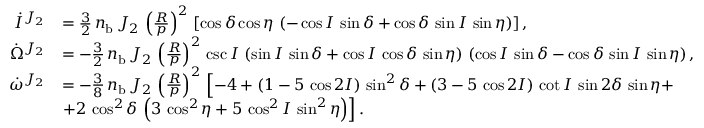
\begin{array} { r l } { \dot { I } ^ { J _ { 2 } } } & { = \frac { 3 } { 2 } \, n _ { \mathrm { b } } \, J _ { 2 } \, \left( \frac { R } { p } \right) ^ { 2 } \, \left[ \cos \delta \cos \eta \, \left( - \cos I \, \sin \delta + \cos \delta \, \sin I \, \sin \eta \right) \right] , } \\ { \dot { \Omega } ^ { J _ { 2 } } } & { = - \frac { 3 } { 2 } \, n _ { \mathrm { b } } \, J _ { 2 } \, \left( \frac { R } { p } \right) ^ { 2 } \, \csc I \, \left( \sin I \, \sin \delta + \cos I \, \cos \delta \, \sin \eta \right) \, \left( \cos I \, \sin \delta - \cos \delta \, \sin I \, \sin \eta \right) , } \\ { \dot { \omega } ^ { J _ { 2 } } } & { = - \frac { 3 } { 8 } \, n _ { \mathrm { b } } \, J _ { 2 } \, \left( \frac { R } { p } \right) ^ { 2 } \, \left[ - 4 + \left( 1 - 5 \, \cos 2 I \right) \, \sin ^ { 2 } \delta + \left( 3 - 5 \, \cos 2 I \right) \, \cot I \, \sin 2 \delta \, \sin \eta + \right. } \\ & { \left. + 2 \, \cos ^ { 2 } \delta \, \left( 3 \, \cos ^ { 2 } \eta + 5 \, \cos ^ { 2 } I \, \sin ^ { 2 } \eta \right) \right] . } \end{array}